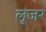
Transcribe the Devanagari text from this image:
लूजर